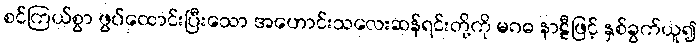
စင်ကြယ်စွာ ဖွပ်ထောင်းပြီးသော အဟောင်းသလေးဆန်ရင်းတို့ကို မဂဓ နာဠီဖြင့် နှစ်ခွက်ယူ၍